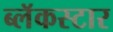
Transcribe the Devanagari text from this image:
ब्लॅकस्टार